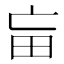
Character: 𤰡